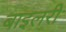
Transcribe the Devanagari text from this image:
बाइलरी